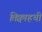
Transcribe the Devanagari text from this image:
तिक्वाहची